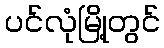
ပင်လုံမြို့တွင်